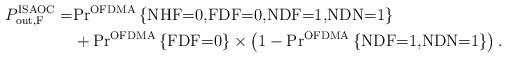
LaTeX: \begin{align*}P_{\textrm{out,F}}^{\textrm{ISAOC}}=& \textrm{Pr}^{\textrm{OFDMA}}\left\lbrace \textrm{NHF=0,FDF=0,NDF=1,NDN=1} \right\rbrace \\&+\textrm{Pr}^{\textrm{OFDMA}}\left\lbrace \textrm{FDF=0} \right\rbrace \times \left(1- \textrm{Pr}^{\textrm{OFDMA}}\left\lbrace \textrm{NDF=1,NDN=1} \right\rbrace\right).\end{align*}